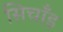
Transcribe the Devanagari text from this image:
सिचाँइ